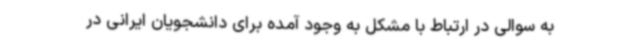
به سوالی در ارتباط با مشکل به وجود آمده برای دانشجویان ایرانی در